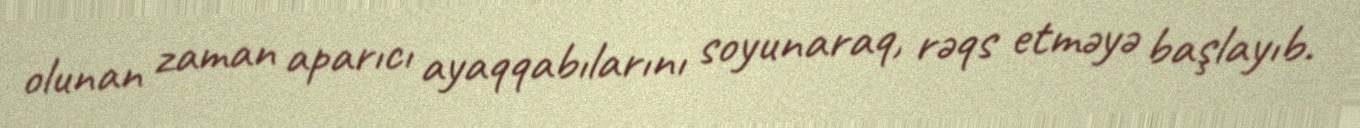
olunan zaman aparıcı ayaqqabılarını soyunaraq, rəqs etməyə başlayıb.